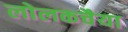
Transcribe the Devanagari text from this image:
लोलकचैया